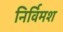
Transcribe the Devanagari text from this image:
निर्विमर्श